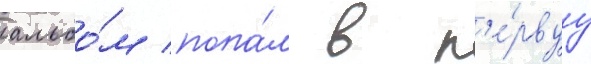
альбо́м попа́л в п'е́рвуу